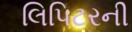
લિપિટરની